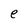
Character: e